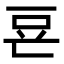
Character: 䜳